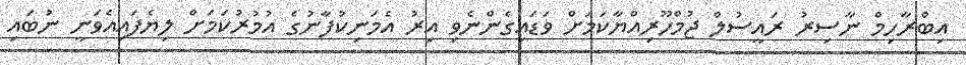
އިބްރާހިމް ނާސިރު ރައީސުލް ޖުމްހޫރިއްޔާކަމަށް ވަޑައިގެންނެވި އިރު އެމަނިކުފާނުގެ އުމުރުކަމަށް ލިޔެފައިއެވަނީ ނުބައި